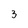
Character: 3